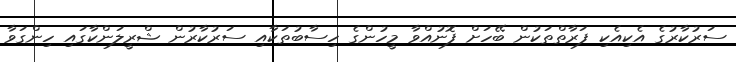
ސަރުކާރުގެ އެކިއެކި ފަރާތްތަކުން ބޭހަށް ފޮނުއްވާ މީހުންގެ ހިސާބުތަކާއި ސަރުކާރުން ޝްރީލަންކާގައި ހިންގަވާ